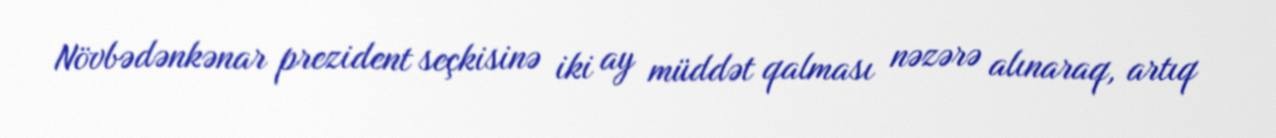
Növbədənkənar prezident seçkisinə iki ay müddət qalması nəzərə alınaraq, artıq